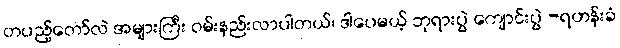
တပည့်တော်လဲ အများကြီး ဝမ်းနည်းလာပါတယ်၊ ဒါပေမယ့် ဘုရားပွဲ ကျောင်းပွဲ -ရဟန်းခံ